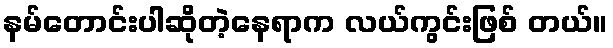
နမ်တောင်းပါဆိုတဲ့နေရာက လယ်ကွင်းဖြစ် တယ်။